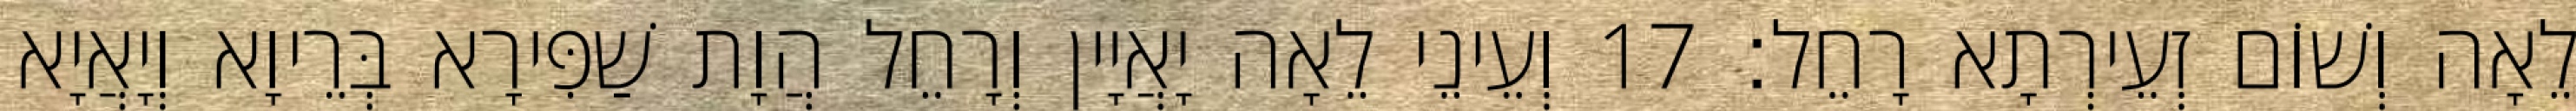
לֵאָה וְשׁוֹם זְעֵירְתָא רָחֵל׃ 17 וְעֵינֵי לֵאָה יָאֲיָין וְרָחֵל הֲוָת שַׁפִּירָא בְּרֵיוָא וְיָאֲיָא